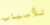
للأسباب